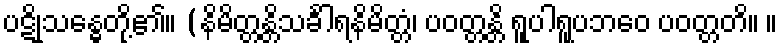
ပဋိုသန္ဓေတို့၏။ (နိမိတ္တန္တိသင်္ခါရနိမိတ္တံ၊ ပဝတ္တန္တိ ရူပါရူပဘဝေ ပဝတ္တတိ။ ။